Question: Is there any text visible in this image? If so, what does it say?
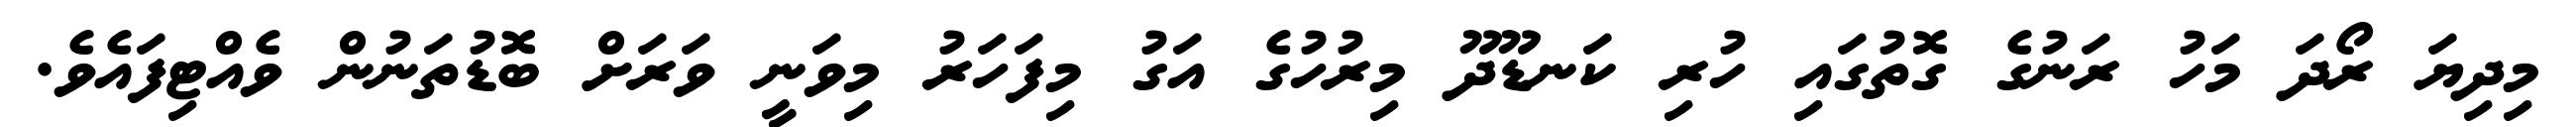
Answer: މިދިޔަ ރޯދަ މަހު ރަނުގެ ގޮތުގައި ހުރި ކަނޑޫދޫ މިރުހުގެ އަގު މިފަހަރު މިވަނީ ވަރަށް ބޮޑުތަނުން ވެއްޓިފައެވެ.